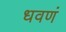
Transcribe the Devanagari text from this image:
धवणं